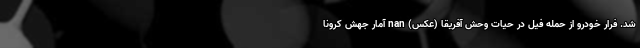
شد. فرار خودرو از حمله فیل در حیات وحش آفریقا (عکس) nan آمار جهش کرونا